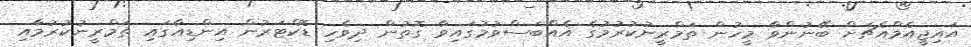
އައިޖީއެމްއެޗަށް ބޭނުންވާ މީހުން ތަމްރީނުކުރުމުގެ އެއްބަސްވުމުގައިވާ ގޮތުން ދިވެހި ޑޮކްޓަރުން އިންޑިއާގައި ތަމްރީނުކުރުމާއި